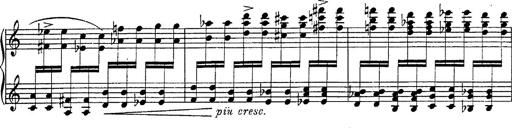
Title: Fantasie Ã¼ber Themen aus Mozarts Figaro und Don Giovanni
Composer: Franz Liszt